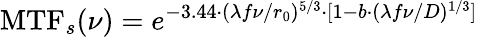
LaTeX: \operatorname{MTF}_{s}(\nu)=e^{-3.44\cdot(\lambda f\nu/r_{0})^{5/3}\cdot[1-b\cdot(\lambda f\nu/D)^{1/3}]}